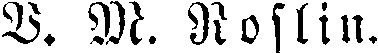
V. M. Noslin.